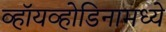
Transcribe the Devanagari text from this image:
व्हॉयव्होडिनामध्ये